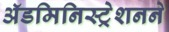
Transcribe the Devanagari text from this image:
ॲडमिनिस्ट्रेशनने